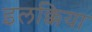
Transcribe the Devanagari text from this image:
इलक्किया